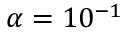
\alpha = 1 0 ^ { - 1 }